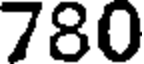
780